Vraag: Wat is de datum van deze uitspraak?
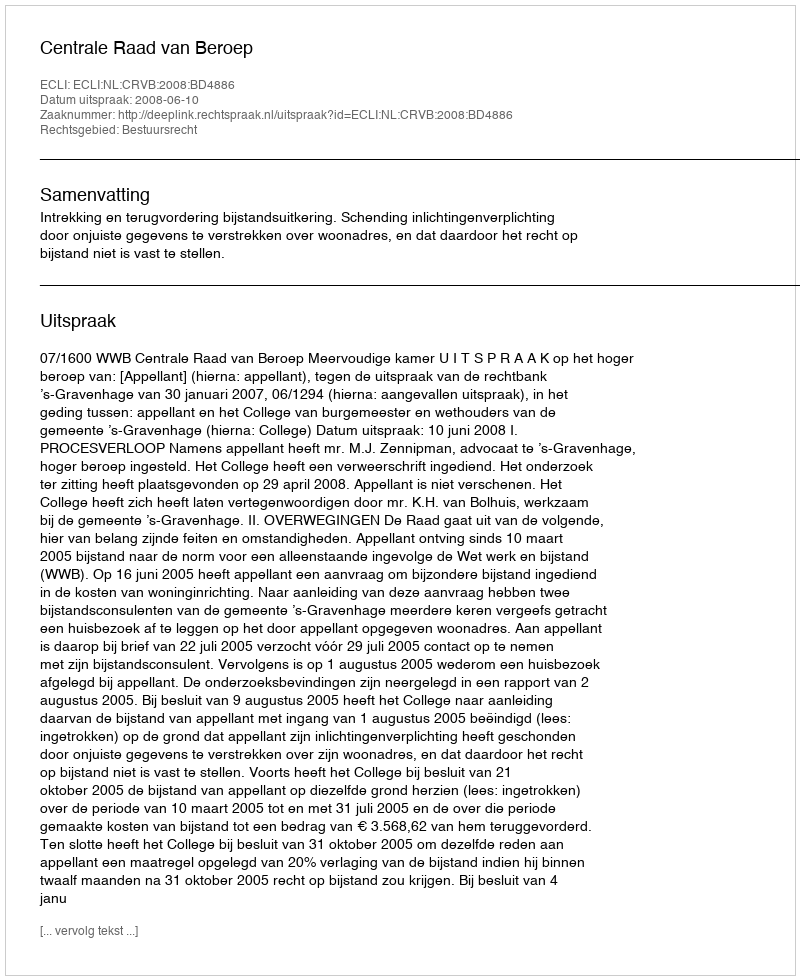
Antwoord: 2008-06-10